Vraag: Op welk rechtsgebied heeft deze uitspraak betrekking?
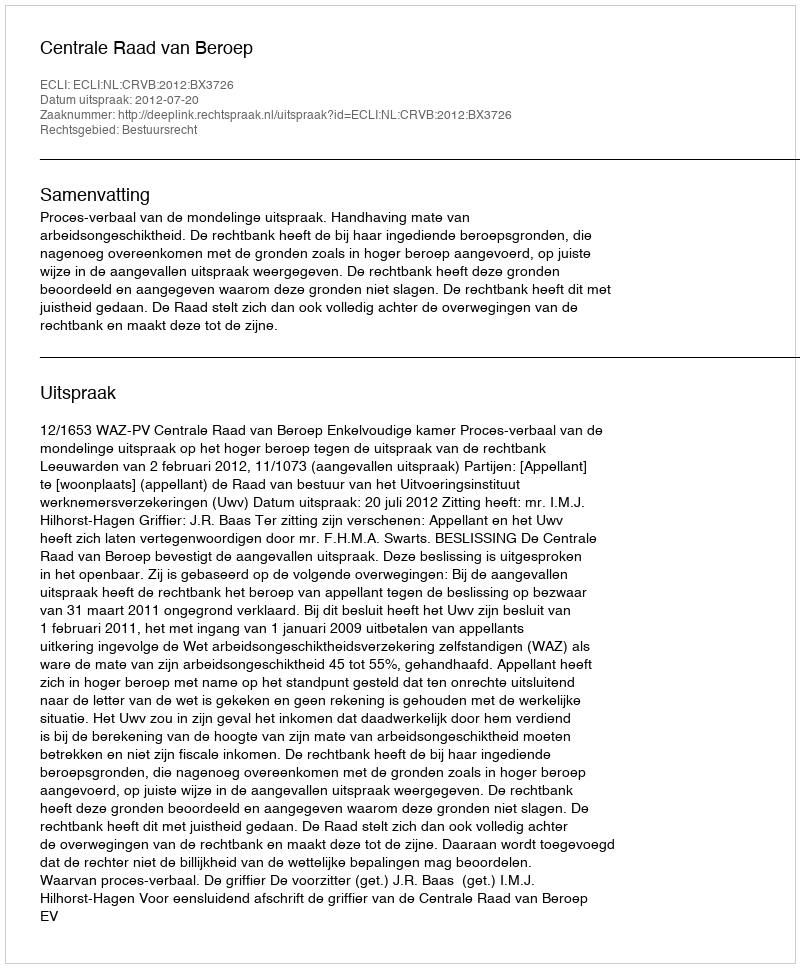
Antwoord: Bestuursrecht